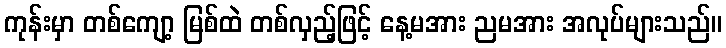
ကုန်းမှာ တစ်ကျော့ မြစ်ထဲ တစ်လှည့်ဖြင့် နေ့မအား ညမအား အလုပ်များသည်။